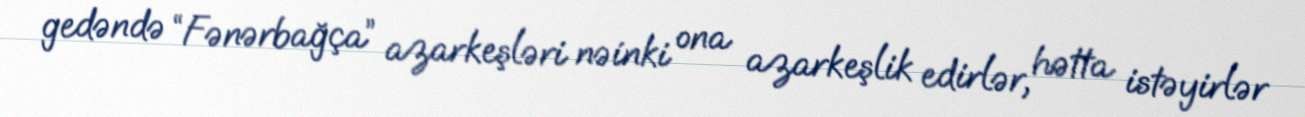
gedəndə “Fənərbağça” azarkeşləri nəinki ona azarkeşlik edirlər, hətta istəyirlər